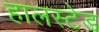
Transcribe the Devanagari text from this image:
हालस्टेड